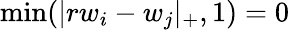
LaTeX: \operatorname*{min}(|rw_{i}-w_{j}|_{+},1)=0